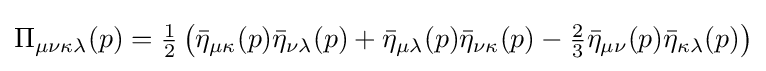
{\textstyle \Pi _{\mu \nu \kappa \lambda }(p)={\tfrac {1}{2}}\left({\bar {\eta }}_{\mu \kappa }(p){\bar {\eta }}_{\nu \lambda }(p)+{\bar {\eta }}_{\mu \lambda }(p){\bar {\eta }}_{\nu \kappa }(p)-{\tfrac {2}{3}}{\bar {\eta }}_{\mu \nu }(p){\bar {\eta }}_{\kappa \lambda }(p)\right)}